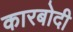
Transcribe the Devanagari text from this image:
कारबोदी